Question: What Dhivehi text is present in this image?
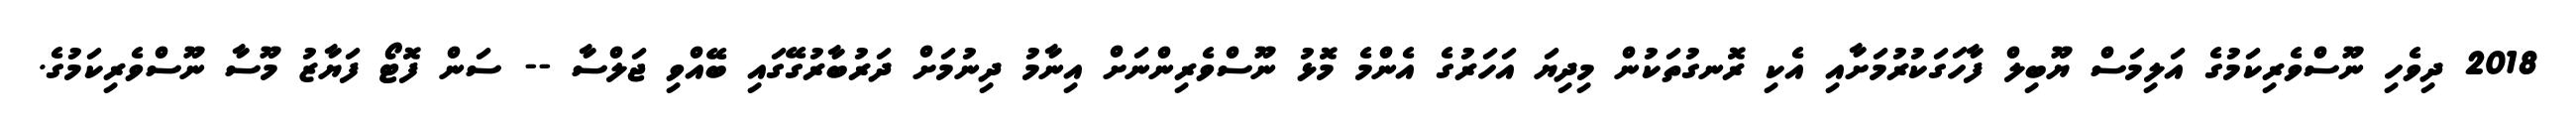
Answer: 2018 ދިވެހި ނޫސްވެރިކަމުގެ އަލިމަސް ޔޫބިލް ފާހަގަކުރުމަށާއި އެކި ރޮނގުތަކުން މިދިޔަ އަހަރުގެ އެންމެ މޮޅު ނޫސްވެރިންނަށް އިނާމު ދިނުމަށް ދަރުބާރުގޭގައި ބޭއްވި ޖަލްސާ -- ސަން ފޮޓޯ ފަޔާޒު މޫސާ ނޫސްވެރިކަމުގެ.